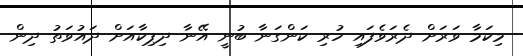
މިކަމާ ވަރަށް ދެރަވެފައި ހުރި ކަންގަނާ ބުނީ އޭނާ ދިޕިކާއަށް ދައުވަތު ދިން